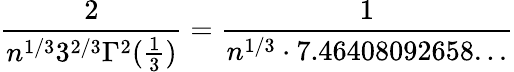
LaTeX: {\frac{2}{n^{1/3}3^{2/3}\Gamma^{2}({\frac{1}{3}})}}={\frac{1}{n^{1/3}\cdot 7.46408092658...}}